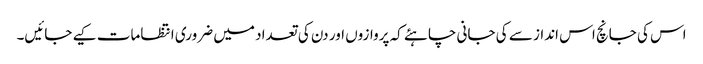
اس کی جانچ اس انداز سے کی جانی چاہئے کہ پروازوں اور دن کی تعداد میں ضروری انتظامات کیے جائیں۔